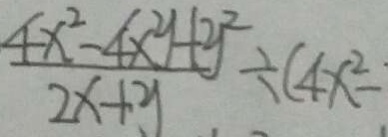
\frac { 4 x ^ { 2 } - 4 x y + y ^ { 2 } } { 2 x + y } \div ( 4 x ^ { 2 } -